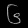
Digit: ၆